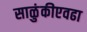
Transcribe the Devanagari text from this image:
साळुंकीएवढा